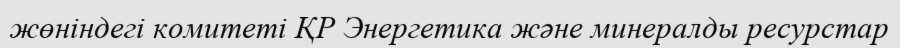
жөніндегі комитеті ҚР Энергетика және минералды ресурстар